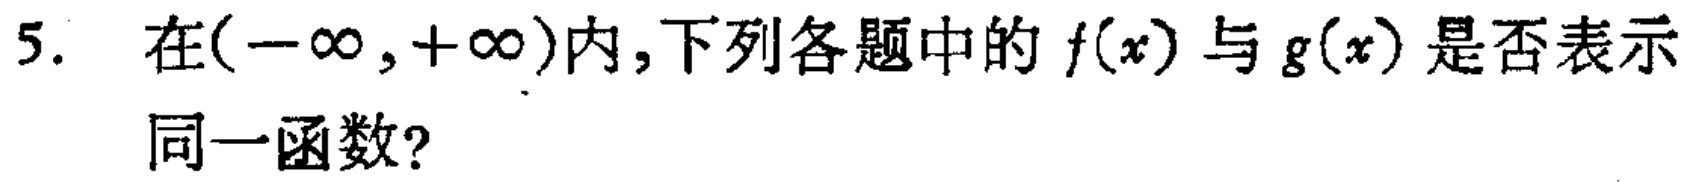
5. 在\((-\infty,+\infty)\)内,下列各题中的\(f(x)\)与\(g(x)\)是否表示同一函数?